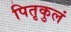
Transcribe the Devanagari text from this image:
पितृकुलं